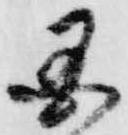
国